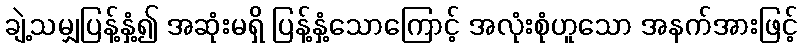
ချဲ့သမျှပြန့်နှံ့၍ အဆုံးမရှိ ပြန့်နှံ့သောကြောင့် အလုံးစုံဟူသော အနက်အားဖြင့်